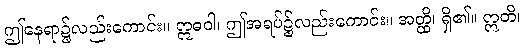
ဤနေရာ၌လည်းကောင်း။ ဣဓဝါ၊ ဤအရပ်၌လည်းကောင်း။ အတ္ထိ၊ ရှိ၏။ ဣတိ၊